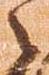
々